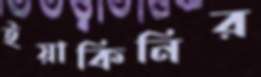
ইয়াকিনির